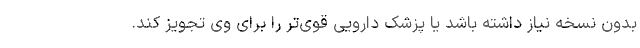
بدون نسخه نیاز داشته باشد یا پزشک دارویی قوی‌تر را برای وی تجویز کند.